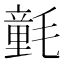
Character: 氃